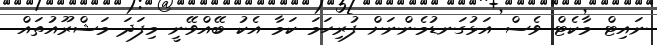
ނައިޓް މާކެޓް ވެސް އަޅުގަނޑުމެންނަށް ފުރިހަމަ ކަމާ އެކު ބޭއްވޭނީ މިފަދަ މަޝްރޫއުތައް